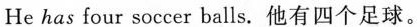
He has four soccer balls。他有四个足球。